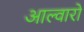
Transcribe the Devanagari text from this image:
आल्वारो